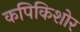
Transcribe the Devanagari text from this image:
कपिकिशोर